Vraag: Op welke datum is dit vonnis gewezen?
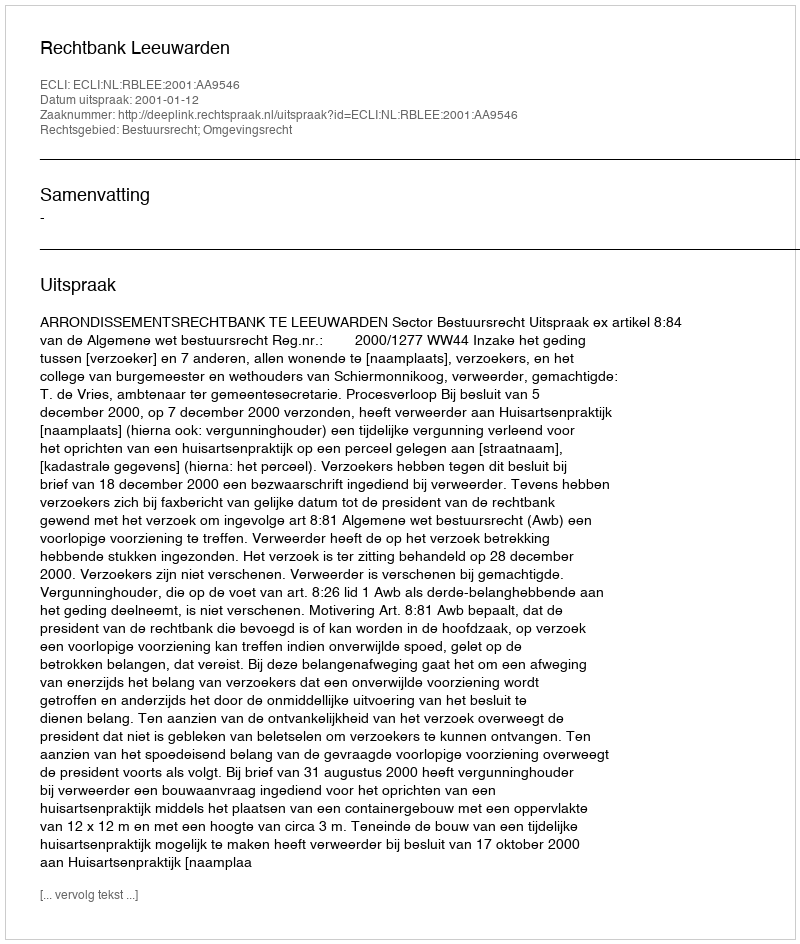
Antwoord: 2001-01-12